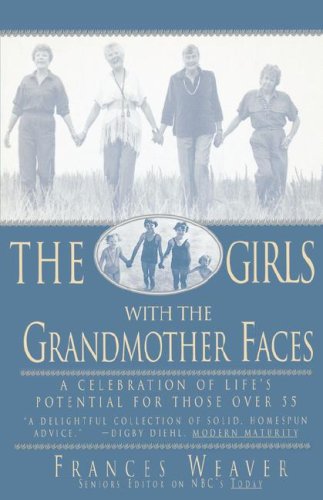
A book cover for The Girls with the Grandmother Faces: A Celebration of Life's Potential For Those Over 55; Frances Weaver; Self-Help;